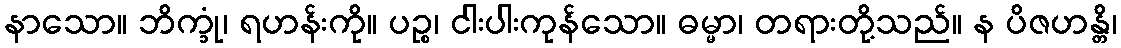
နာသော။ ဘိက္ခုံ၊ ရဟန်းကို။ ပဉ္စ၊ ငါးပါးကုန်သော။ ဓမ္မာ၊ တရားတို့သည်။ န ပိဇဟန္တိ၊